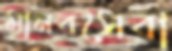
মানবসেবা